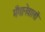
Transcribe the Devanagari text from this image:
मँगानेवालों